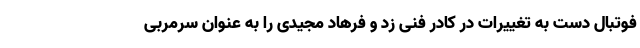
فوتبال دست به تغییرات در کادر فنی زد و فرهاد مجیدی را به عنوان سرمربی